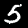
Digit: 5